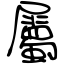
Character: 屬